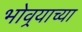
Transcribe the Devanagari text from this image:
भोवर्‍याच्या